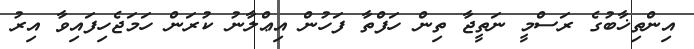
އިންތިޚާބުގެ ރަސްމީ ނަތީޖާ ތިން ހަފްތާ ފަހުން އިޢްލާނު ކުރަން ހަމަޖެހިފައިވާ އިރު